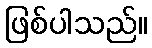
ဖြစ်ပါသည်။